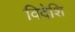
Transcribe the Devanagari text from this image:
विदेशि